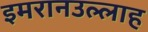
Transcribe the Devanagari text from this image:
इमरानउल्लाह